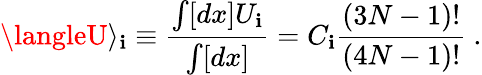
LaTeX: \langleU\rangle_{\mathbf{i}}\equiv{\frac{{\int[dx]U_{\mathbf{i}}}}{{\int[dx]}}}=C_{\mathbf{i}}{\frac{{(3N-1)!}}{{(4N-1)!}}}~.